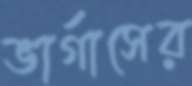
ভার্গাসের